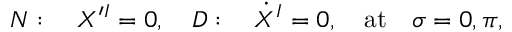
N : \quad X ^ { \prime I } = 0 , \quad D : \quad \dot { X } ^ { I } = 0 , \quad \mathrm { a t } \quad \sigma = 0 , \pi ,